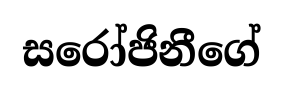
සරෝජිනීගේ